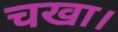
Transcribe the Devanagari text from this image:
चखा।